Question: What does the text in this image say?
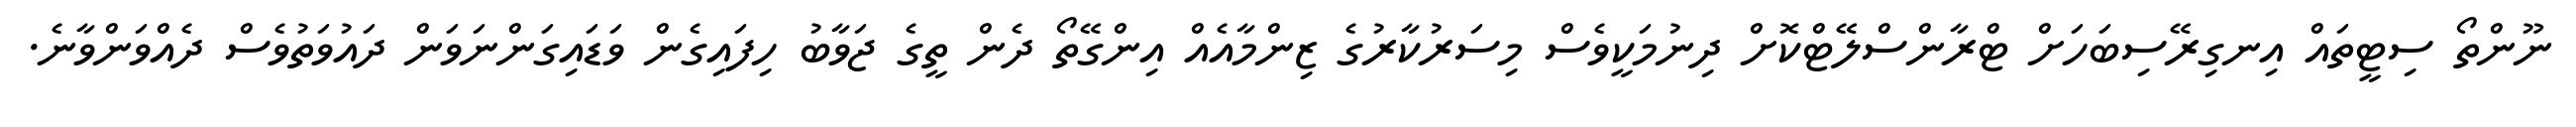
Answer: ނޫންތޯ ސިޓީތައް އިނގިރޭސިބަހަށް ޓްރާންސްލޭޓްކޮށް ދިނުމަކީވެސް މިސަރުކާރުގެ ޒިންމާއެއް އިންގޭތޯ ދެން ތީގެ ޖަވާބު ހިފައިގެން ވަޑައިގަންނަވަން ދައުވަތުވެސް ދެއްވަންވާނެ.